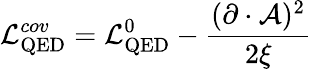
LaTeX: {\cal L}_{\mathrm{QED}}^{cov}={\cal L}_{\mathrm{QED}}^{0}-{\frac{(\partial\cdot{\cal A})^{2}}{2\xi}}